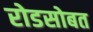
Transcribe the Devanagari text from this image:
रोडसोबत